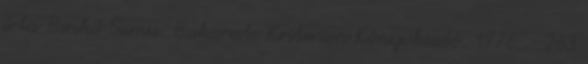
írta Benkő Samu. Bukarest: Kriterion Könyvkiadó, 1976. - 263